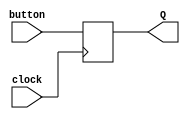
`timescale 1ns / 1ps
//////////////////////////////////////////////////////////////////////////////////
// Company: 
// Engineer: 
// 
// Design Name: 
// Module Name: single_dff
// Project Name: 
// Target Devices: 
// Tool Versions: 
// Description: 
// 
// Dependencies: 
// 
// Revision:
// Revision 0.01 - File Created
// Additional Comments:
// 
//////////////////////////////////////////////////////////////////////////////////


module single_dff(input clock, button, output reg Q = 0);

    always @ (posedge clock)
    begin
        Q <= button; 
    end
endmodule